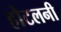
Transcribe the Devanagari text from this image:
होटलनी